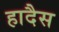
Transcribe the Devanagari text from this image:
हादैस